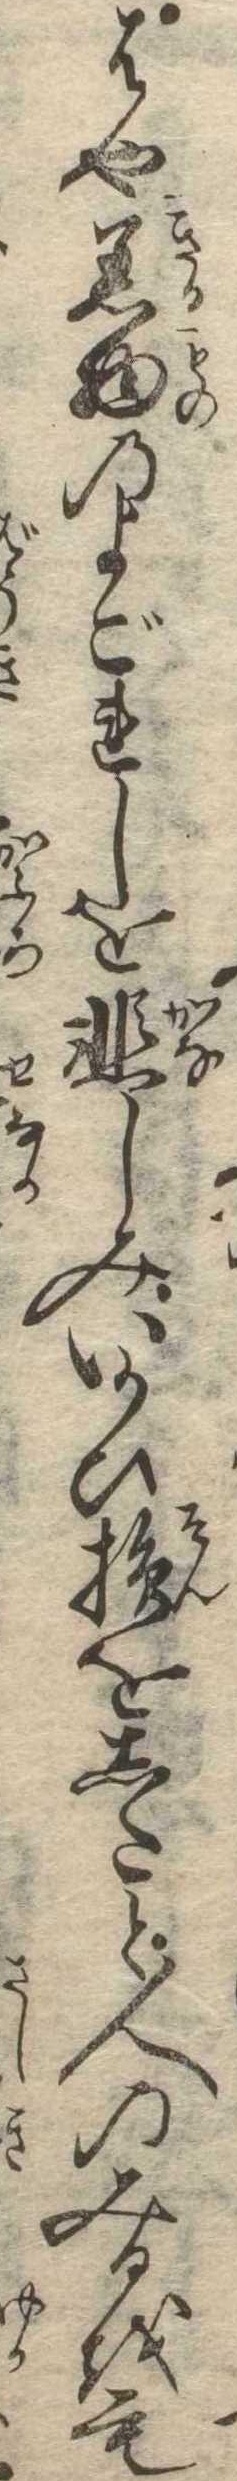
はや着物のよごれしを悲しみいかひ損をしたと人のみるをも